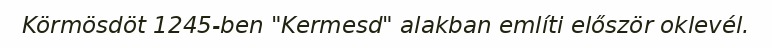
Körmösdöt 1245-ben "Kermesd" alakban említi először oklevél.